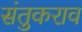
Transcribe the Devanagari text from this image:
संतुकराव